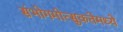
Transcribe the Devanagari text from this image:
संभोगमोत्सुकतेमध्ये